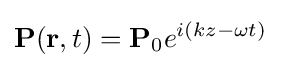
\mathbf {P} (\mathbf {r} ,t)=\mathbf {P} _{0}e^{i(kz-\omega t)}